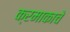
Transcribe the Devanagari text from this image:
क्रमाकाचे